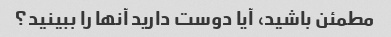
مطمئن باشید، آیا دوست دارید آنها را ببینید؟